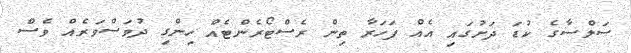
ސަލްސާގެ ކުޑަ ދަށުގައި އެއް ފަހަރާ ތިން ރެސްޓޯރެންޓެއް ހިންގި ދުވަސްވަރެއް ވެސް